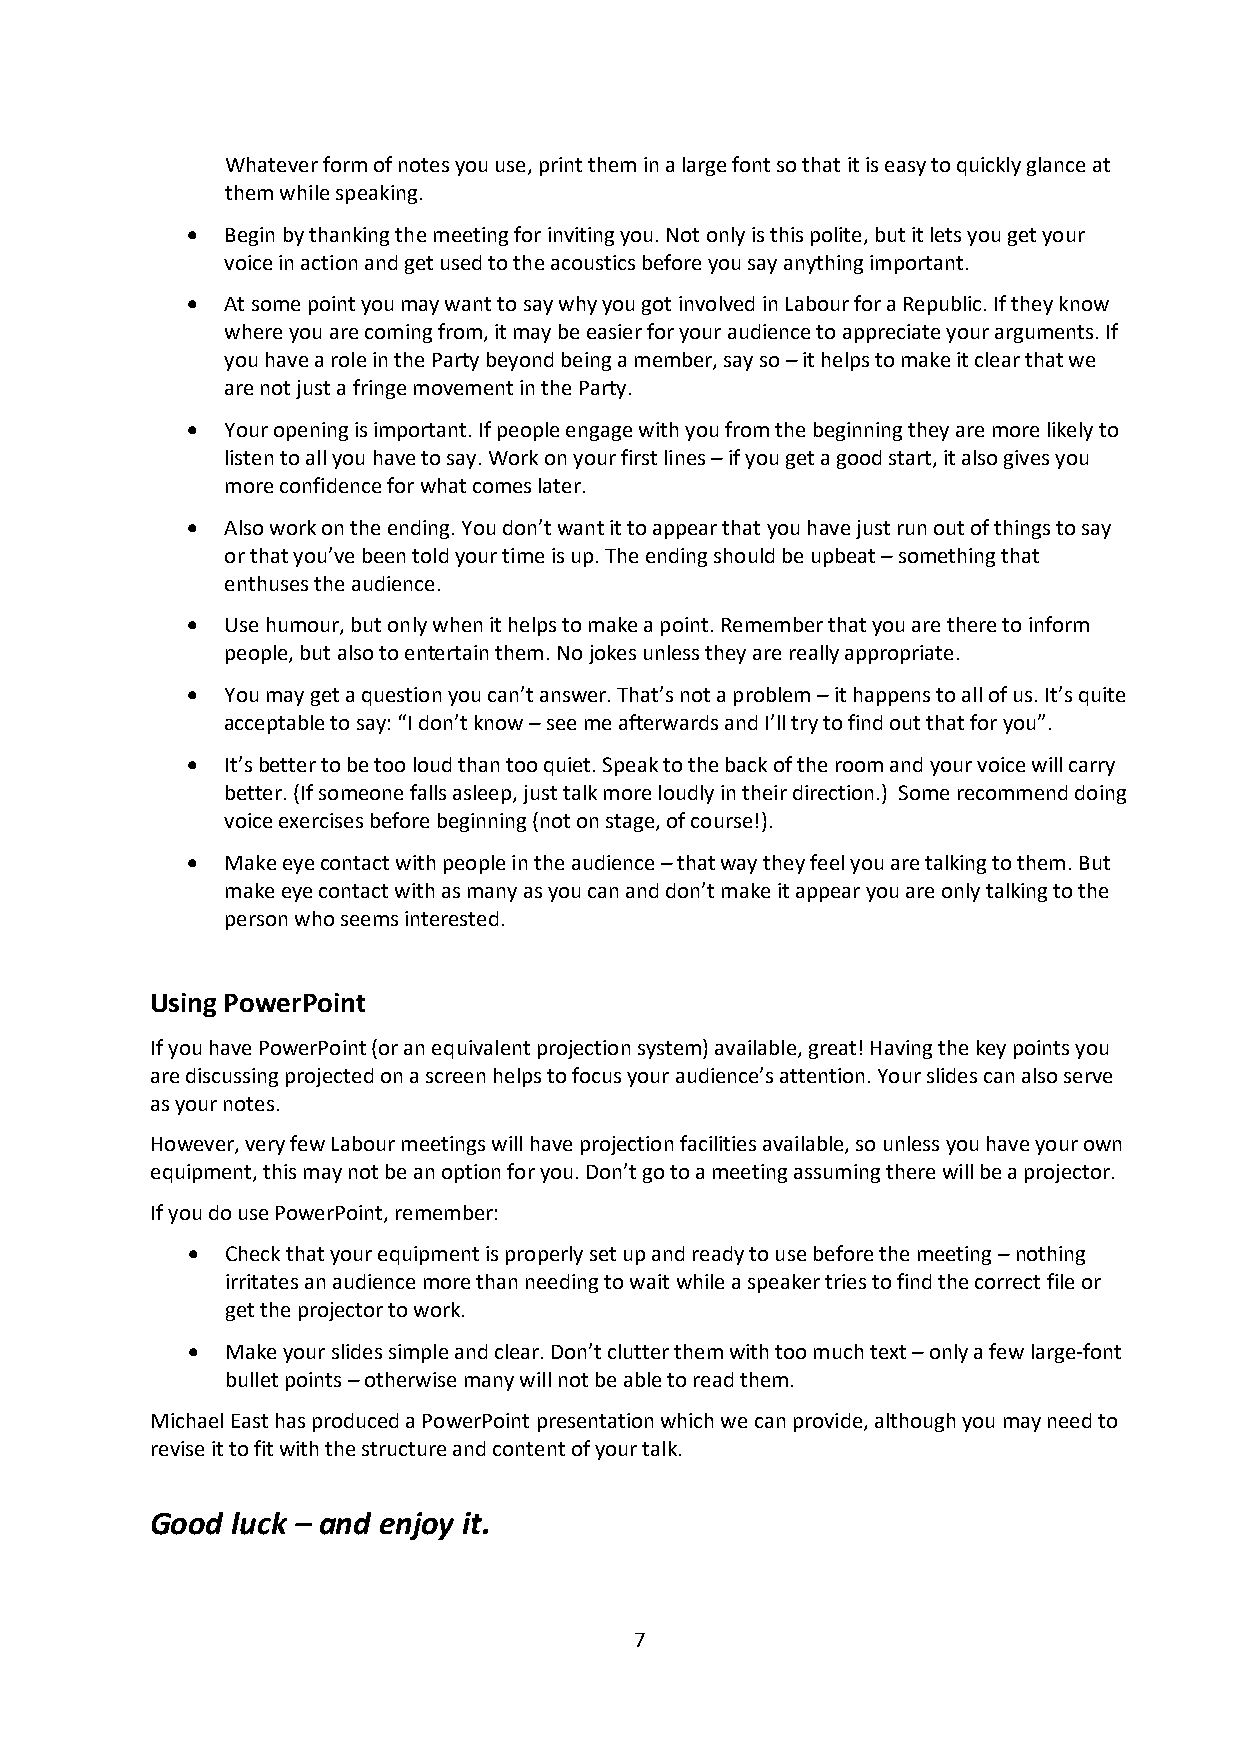
Whatever form of notes you use, print them in a large font so that it is easy to quickly glance at
 them while speaking.
   Begin by thanking the meeting for inviting you. Not only is this polite, but it lets you get your
 voice in action and get used to the acoustics before you say anything important.
   At some point you may want to say why you got involved in Labour for a Republic. If they know
 where you are coming from, it may be easier for your audience to appreciate your arguments. If
 you have a role in the Party beyond being a member, say so – it helps to make it clear that we
 are not just a fringe movement in the Party.
   Your opening is important. If people engage with you from the beginning they are more likely to
 listen to all you have to say. Work on your first lines – if you get a good start, it also gives you
 more confidence for what comes later.
   Also work on the ending. You don’t want it to appear that you have just run out of things to say
 or that you’ve been told your time is up. The ending should be upbeat – something that
 enthuses the audience.
   Use humour, but only when it helps to make a point. Remember that you are there to inform
 people, but also to entertain them. No jokes unless they are really appropriate.
   You may get a question you can’t answer. That’s not a problem – it happens to all of us. It’s quite
 acceptable to say: “I don’t know – see me afterwards and I’ll try to find out that for you”.
   It’s better to be too loud than too quiet. Speak to the back of the room and your voice will carry
 better. (If someone falls asleep, just talk more loudly in their direction.) Some recommend doing
 voice exercises before beginning (not on stage, of course!).
   Make eye contact with people in the audience – that way they feel you are talking to them. But
 make eye contact with as many as you can and don’t make it appear you are only talking to the
 person who seems interested.
 Using PowerPoint
 If you have PowerPoint (or an equivalent projection system) available, great! Having the key points you
 are discussing projected on a screen helps to focus your audience’s attention. Your slides can also serve
 as your notes.
 However, very few Labour meetings will have projection facilities available, so unless you have your own
 equipment, this may not be an option for you. Don’t go to a meeting assuming there will be a projector.
 If you do use PowerPoint, remember:
   Check that your equipment is properly set up and ready to use before the meeting – nothing
 irritates an audience more than needing to wait while a speaker tries to find the correct file or
 get the projector to work.
   Make your slides simple and clear. Don’t clutter them with too much text – only a few large-font
 bullet points – otherwise many will not be able to read them.
 Michael East has produced a PowerPoint presentation which we can provide, although you may need to
 revise it to fit with the structure and content of your talk.
 Good luck – and enjoy it.
 7